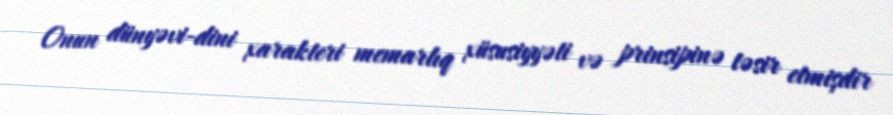
Onun dünyəvi-dini xarakteri memarlıq xüsusiyyəti və prinsipinə təsir etmişdir